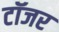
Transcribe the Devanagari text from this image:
टॉजर